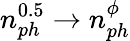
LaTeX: n_{ph}^{0.5}\rightarrow n_{ph}^{\phi}